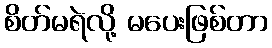
စိတ်မရဲလို့ မပေးဖြစ်တာ